Annual report on the health of the army in India
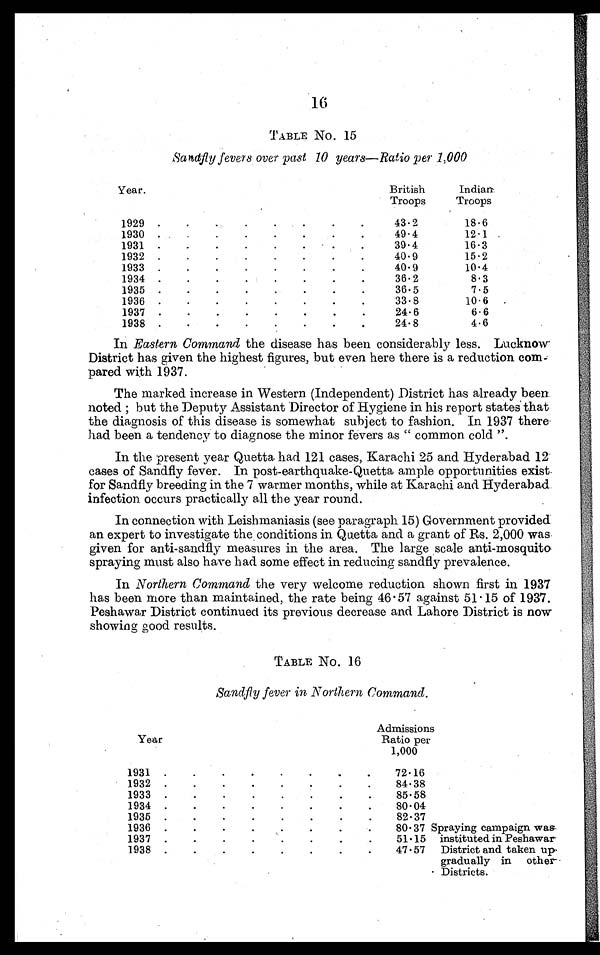
16
TABLE No. 15
Sandfly fevers over past 10 years—Ratio per 1,000
Year.
British
Troops
Indian.
Troops
1929 . . .
43.2
18.6
1930 . . .
49.4
12.1
1931 . . .
39.4
16.3
1932 . . .
40.9
15.2
1933 . . .
40.9
10.4
1934 . . .
36.2
8.3
1935 . . .
36.5
7.5
1936 . . .
33.8
10.6
1937 . . .
24.6
6.6
1938 . . .
24.8
4.6
In Eastern Command the disease has been considerably less. Lucknow
District has given the highest figures, but even here there is a reduction com-
- p a r e d w i t h 1 9 3 7 .
The marked increase in Western (Independent) District has already been
noted ; but the Deputy Assistant Director of Hygiene in his report states that
the diagnosis of this disease is somewhat subject to fashion. In 1937 there
had been a tendency to diagnose the minor fevers as "common cold".
In the present year Quetta had 121 cases, Karachi 25 and Hyderabad 12
cases of Sandfly fever. In post-earthquake-Quetta ample opportunities exist
for Sandfly breeding in the 7 warmer months, while at Karachi and Hyderabad.
infection occurs practically all the year round.
In connection with Leishmaniasis (see paragraph 15) Government provided
an expert to investigate the conditions in Quetta and a grant of Rs. 2,000 was
given for anti-sandfly measures in the area. The large scale anti-mosquito
spraying must also have had some effect in reducing sandfly prevalence.
In Northern Command the very welcome reduction shown first in 1937
has been more than maintained, the rate being 46 . 57 against 51 . 15 of 1937.
Peshawar. District continued its previous decrease and Lahore District is now
showing good results.
TABLE No. 16
Sandfly fever in Northern Command.
Year
Admissions
Ratio per
1,000
1931 . . .
72.16
1932 . . .
84.38
1933 . . .
85.58
1934 . . .
80.04
1935 . . .
82.37
1936 . . .
80.37
1937 . . .
51.15
1938 . . .
47.57
Spraying campaign was
instituted in Peshawar
District and taken up
gradually in other
Districts.